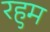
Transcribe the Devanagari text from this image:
रहुम